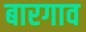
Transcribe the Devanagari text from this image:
बारगाव